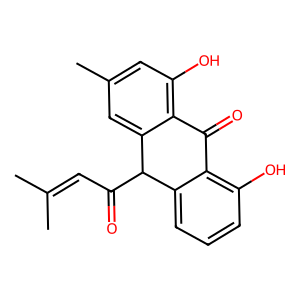
SMILES: CC(C)=CC(=O)C1c2cccc(O)c2C(=O)c2c(O)cc(C)cc21
Inhibits HIV replication: No